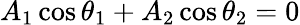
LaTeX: A_{1}\cos\theta_{1}+A_{2}\cos\theta_{2}=0